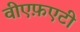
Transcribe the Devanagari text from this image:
वीएफ़एटी